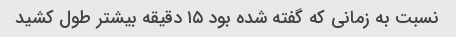
نسبت به زمانی که گفته شده بود ۱۵ دقیقه بیشتر طول کشید